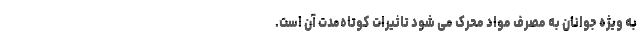
به ویژه جوانان به مصرف مواد محرک می شود تاثیرات کوتاه‌مدت آن است.